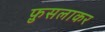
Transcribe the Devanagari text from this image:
फ़ुसलाकर